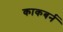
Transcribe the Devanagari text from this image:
काकबर्न